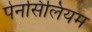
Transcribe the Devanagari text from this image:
पेनसिलियम